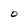
Character: O